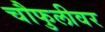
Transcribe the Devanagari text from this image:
चौफुलीवर